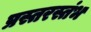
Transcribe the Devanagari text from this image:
प्रस्तरस्तंभ